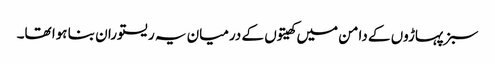
سبز پہاڑوں کے دامن میں کھیتوں کے درمیان یہ ریستوران بنا ہوا تھا۔